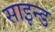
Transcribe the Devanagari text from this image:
साइन्ड